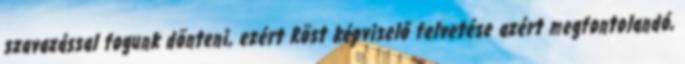
szavazással fogunk dönteni, ezért Röst képviselő felvetése azért megfontolandó,